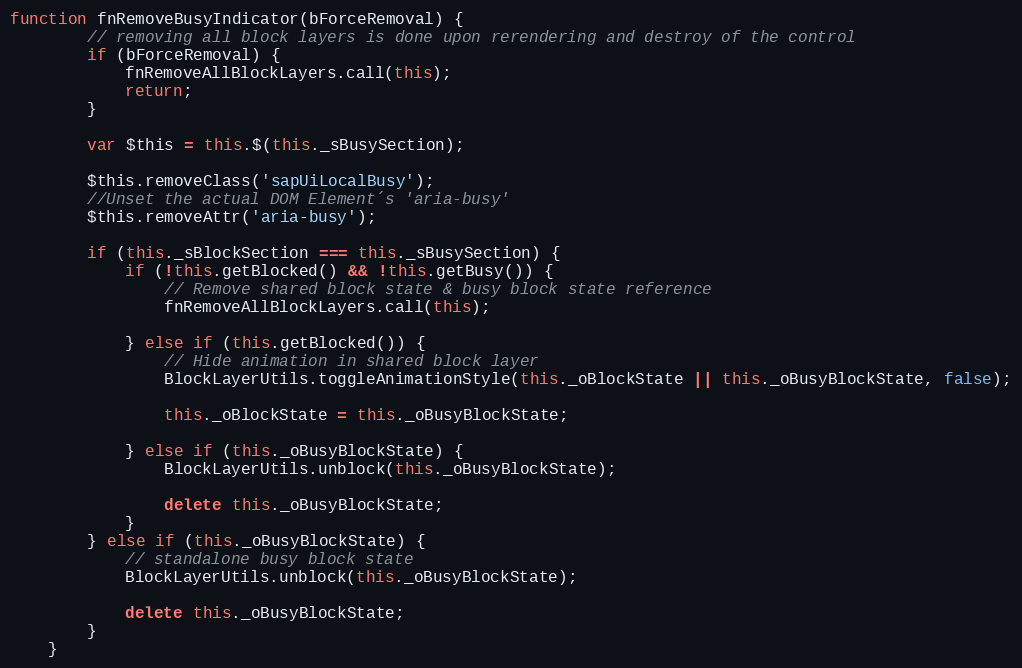
Language: JavaScript
function fnRemoveBusyIndicator(bForceRemoval) {
		// removing all block layers is done upon rerendering and destroy of the control
		if (bForceRemoval) {
			fnRemoveAllBlockLayers.call(this);
			return;
		}

		var $this = this.$(this._sBusySection);

		$this.removeClass('sapUiLocalBusy');
		//Unset the actual DOM Element´s 'aria-busy'
		$this.removeAttr('aria-busy');

		if (this._sBlockSection === this._sBusySection) {
			if (!this.getBlocked() && !this.getBusy()) {
				// Remove shared block state & busy block state reference
				fnRemoveAllBlockLayers.call(this);

			} else if (this.getBlocked()) {
				// Hide animation in shared block layer
				BlockLayerUtils.toggleAnimationStyle(this._oBlockState || this._oBusyBlockState, false);

				this._oBlockState = this._oBusyBlockState;

			} else if (this._oBusyBlockState) {
				BlockLayerUtils.unblock(this._oBusyBlockState);

				delete this._oBusyBlockState;
			}
		} else if (this._oBusyBlockState) {
			// standalone busy block state
			BlockLayerUtils.unblock(this._oBusyBlockState);

			delete this._oBusyBlockState;
		}
	}